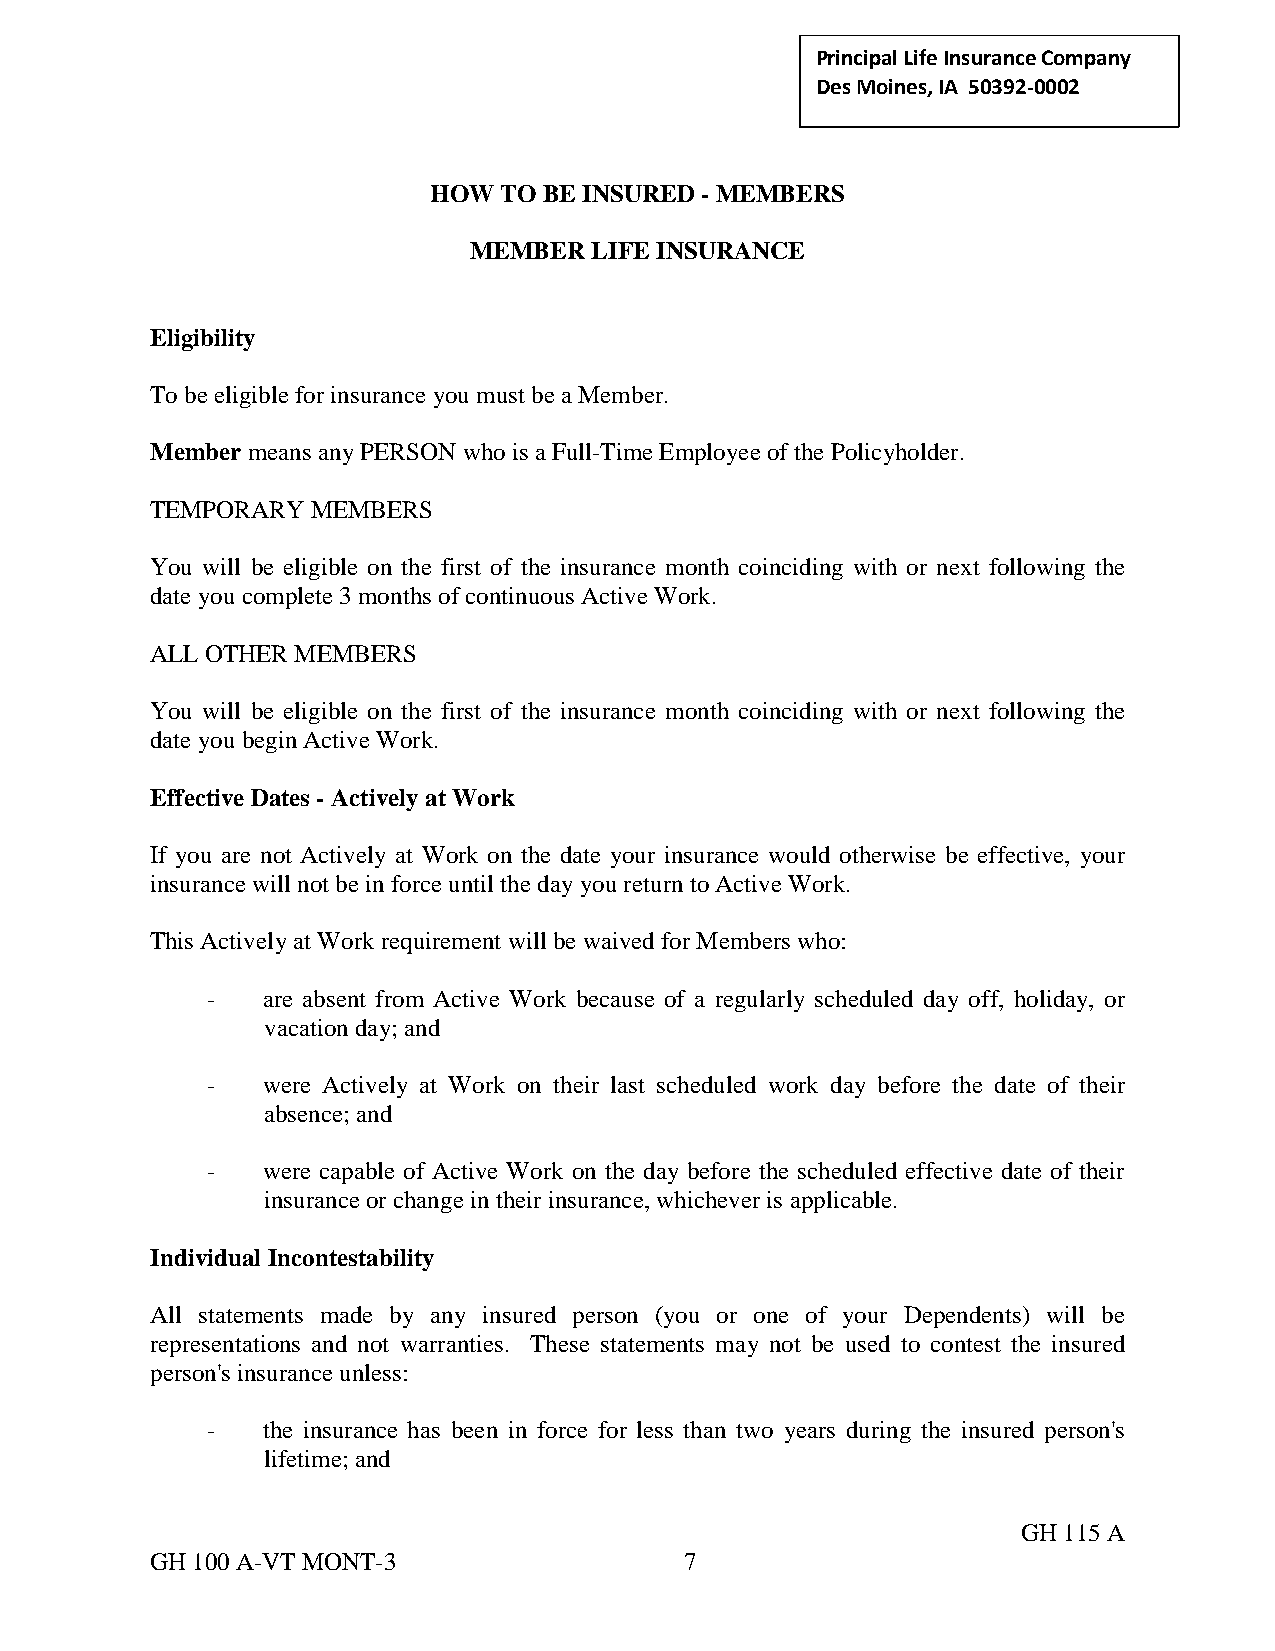
Principal Life Insurance C ompany
 Des Moines, IA 50392-0002
 HOW  TO BE INSURED - MEMBERS
 MEMBER  LIFE INSURANCE
 Eligibility
 To be eligible for insurance you must be a Member.
 Member means any PERSON who is a Full-Time Employee of the Policyholder.
 TEMPORARY  MEMBERS
 You will be eligible on the first of the insurance month coinciding with or next following the
 date you complete 3 months of continuous Active Work.
 ALL OTHER MEMBERS
 You will be eligible on the first of the insurance month coinciding with or next following the
 date you begin Active Work.
 Effective Dates - Actively at Work
 If you are not Actively at Work on the date your insurance would otherwise be effective, your
 insurance will not be in force until the day you return to Active Work.
 This Actively at Work requirement will be waived for Members who:
 -  are absent from Active Work because of a regularly scheduled day off, holiday, or
 vacation day; and
 -  were Actively at Work on their last scheduled work day before the date of their
 absence; and
 -  were capable of Active Work on the day before the scheduled effective date of their
 insurance or change in their insurance, whichever is applicable.
 Individual Incontestability
 All statements made by any insured person (you or one of your Dependents) will be
 representations and not warranties. These statements may not be used to contest the insured
 person's insurance unless:
 -  the insurance has been in force for less than two years during the insured person's
 lifetime; and
 GH 115 A
 GH 100 A-VT MONT-3                 7